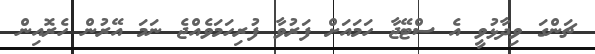
ޗަންގަ ވިދާޅުވީ އެ ސްޓޭޖާ ހަމައަށް ފަރުވާ ފުރިހަމަވެއްޖެ ނަމަ އޭރުން ހެރޮއިން